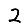
Digit: 2